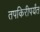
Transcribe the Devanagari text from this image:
तपकिरीपर्यंत